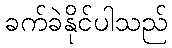
ခက်ခဲနိုင်ပါသည်